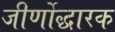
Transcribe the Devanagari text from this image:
जीर्णोद्धारक